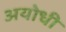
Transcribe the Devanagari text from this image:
अयोधी